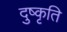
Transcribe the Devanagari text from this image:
दुष्कृति